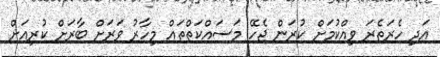
އަދި ހެރަތެރަ ވިއްކުމަށް ކުރަން ޖެހޭ މަސައްކަތްތައް މިހާރު ވަރަށް ބާރަށް ކުރިއަށް